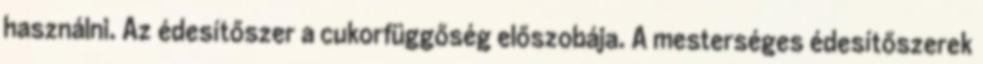
használni. Az édesítőszer a cukorfüggőség előszobája. A mesterséges édesítőszerek